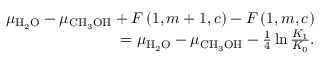
\begin{array} { r } { \mu _ { \mathrm { H } _ { 2 } \mathrm { O } } - \mu _ { \mathrm { C H } _ { 3 } \mathrm { O H } } + F \left( 1 , m + 1 , c \right) - F \left( 1 , m , c \right) } \\ { = \mu _ { \mathrm { H } _ { 2 } \mathrm { O } } - \mu _ { \mathrm { C H } _ { 3 } \mathrm { O H } } - \frac { 1 } { 4 } \ln \frac { K _ { 1 } } { K _ { 0 } } . } \end{array}